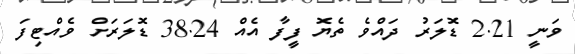
ވަނީ 2.21 ޑޮލަރު ދައްވެ ތެޔޮ ފީފާ އެއް 38.24 ޑޮލަރަށް ވެއްޓިފަ